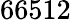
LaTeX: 66512